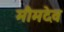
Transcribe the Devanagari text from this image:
मौमदेव